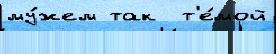
му́жем так  т'е́мой